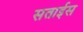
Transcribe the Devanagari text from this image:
सताईस